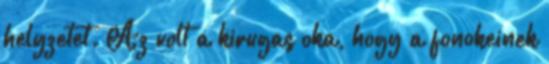
helyzetet. Az volt a kirugas oka, hogy a fonokeinek